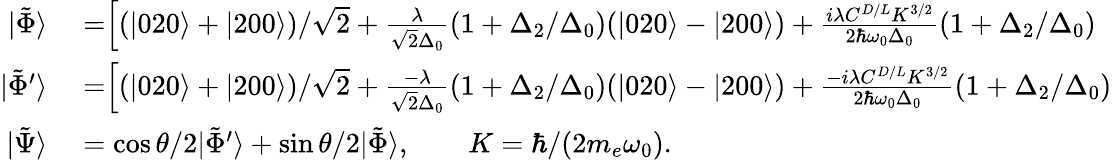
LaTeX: \begin{array}{rl}{|\tilde{\Phi}\rangle}&{{}=\Bigr[(|020\rangle+|200\rangle)/\sqrt{2}+\frac{\lambda}{\sqrt{2}\Delta_{0}}(1+\Delta_{2}/\Delta_{0})(|020\rangle-|200\rangle)+\frac{i\lambda C^{D/L}K^{3/2}}{2\hbar\omega_{0}\Delta_{0}}(1+\Delta_{2}/\Delta_{0})}\\ {|\tilde{\Phi}^{\prime}\rangle}&{{}=\Bigr[(|020\rangle+|200\rangle)/\sqrt{2}+\frac{-\lambda}{\sqrt{2}\Delta_{0}}(1+\Delta_{2}/\Delta_{0})(|020\rangle-|200\rangle)+\frac{-i\lambda C^{D/L}K^{3/2}}{2\hbar\omega_{0}\Delta_{0}}(1+\Delta_{2}/\Delta_{0})}\\ {|\tilde{\Psi}\rangle}&{{}=\cos{\theta/2}|\tilde{\Phi}^{\prime}\rangle+\sin{\theta/2}|\tilde{\Phi}\rangle,\qquad K=\hbar/(2m_{e}\omega_{0}).}\end{array}